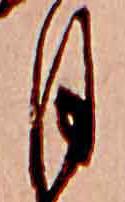
月